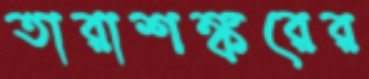
তারাশঙ্করের